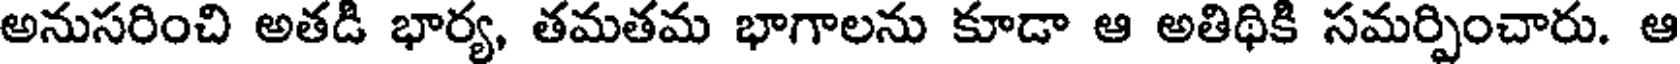
అనుసరించి అతడి భార్య, తమతమ భాగాలను కూడా ఆ అతిథికి సమర్పించారు. ఆ